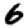
Digit: 6